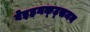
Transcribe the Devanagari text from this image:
वेइहनक्ट्समन